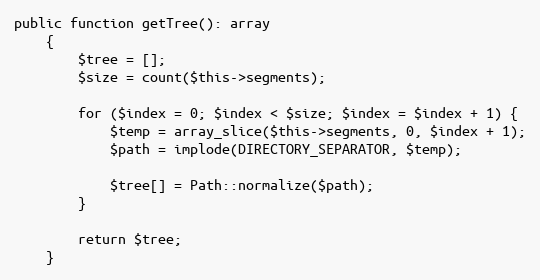
Language: PHP
public function getTree(): array
    {
        $tree = [];
        $size = count($this->segments);

        for ($index = 0; $index < $size; $index = $index + 1) {
            $temp = array_slice($this->segments, 0, $index + 1);
            $path = implode(DIRECTORY_SEPARATOR, $temp);

            $tree[] = Path::normalize($path);
        }

        return $tree;
    }